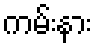
ကမ်းနား